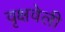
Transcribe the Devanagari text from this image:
वृक्षवेली